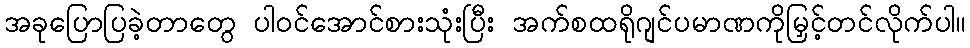
အခုပြောပြခဲ့တာတွေ ပါဝင်အောင်စားသုံးပြီး အက်စထရိုဂျင်ပမာဏကိုမြှင့်တင်လိုက်ပါ။